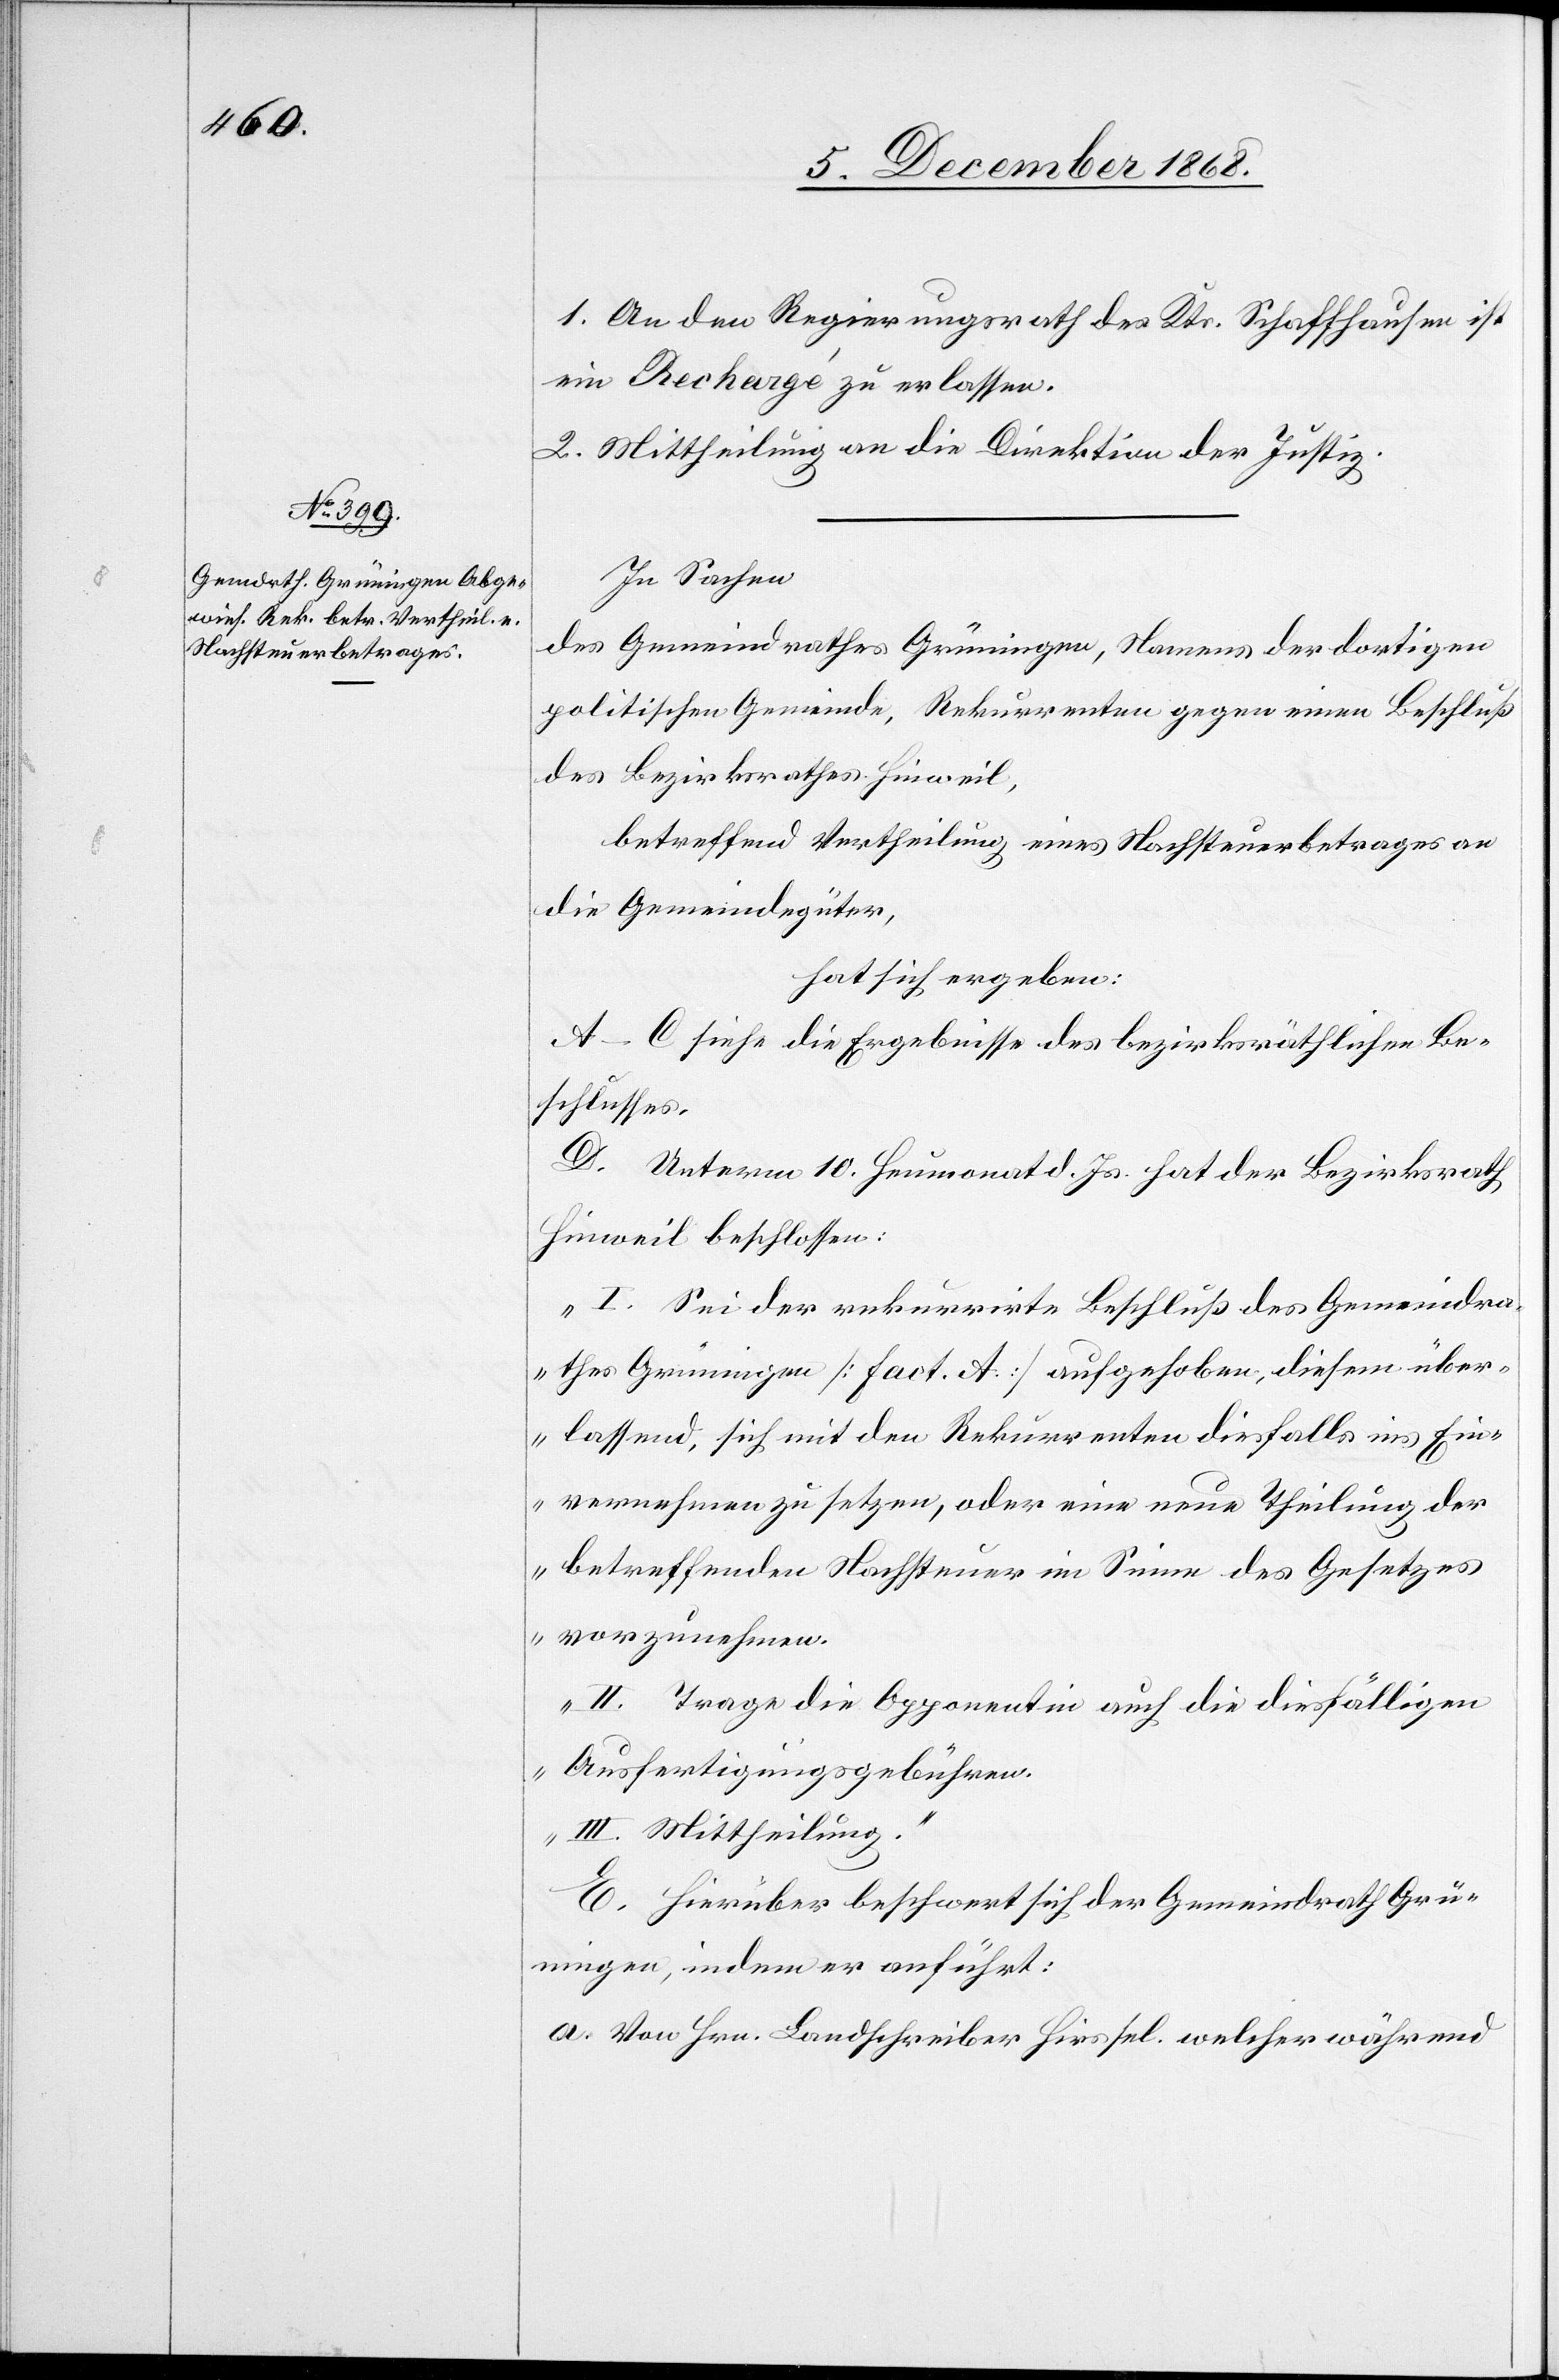
1. An den Regierungsrath des Kts. Schaffhausen ist
ein Rechargé zu erlassen.
2. Mittheilung an die Direktion der Justiz.
In Sachen
des Gemeindrathes Grüningen, Namens der dortigen
politischen Gemeinde, Rekurrenten gegen einen Beschluß
des Bezirksrathes Hinweil,
betreffend Vertheilung eines Nachsteuerbetrages an
die Gemeindegüter,
hat sich ergeben:
A–C siehe die Ergebnisse des bezirksräthlichen Be¬
schlusses.
D. Unterm 10. Heumonat d. Js. hat der Bezirksrath
Hinweil beschlossen:
„I. Sei der rekurrirte Beschluß des Gemeindra¬
thes Grüningen [Fact. A] aufgehoben, diesem über¬
lassend, sich mit den Rekurrenten diesfalls ins Ein¬
vernehmen zu setzen, oder eine neue Theilung der
betreffenden Nachsteuer im Sinne des Gesetzes
vorzunehmen.
II. Trage die Opponentin auch die diesfälligen
Ausfertigungsgebühren.
III. Mittheilung.“
E. Hierüber beschwert sich der Gemeindrath Grü¬
ningen, indem er anführt:
a. Von Hrn. Landschreiber Hirs sel. welcher während